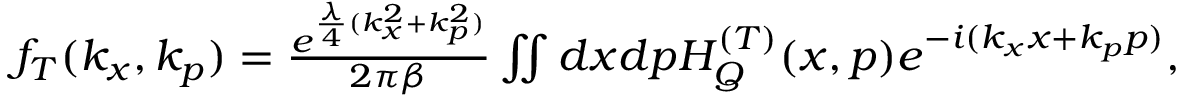
\begin{array} { r } { f _ { T } ( k _ { x } , k _ { p } ) = \frac { e ^ { \frac { \lambda } { 4 } ( k _ { x } ^ { 2 } + k _ { p } ^ { 2 } ) } } { 2 \pi \beta } \iint d x d p H _ { Q } ^ { ( T ) } ( x , p ) e ^ { - i ( k _ { x } x + k _ { p } p ) } , \ } \end{array}